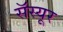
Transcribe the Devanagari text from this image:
सॅस्यूर